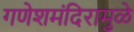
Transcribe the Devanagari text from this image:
गणेशमंदिरामुळे